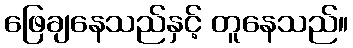
ဖြေချနေသည်နှင့် တူနေသည်။